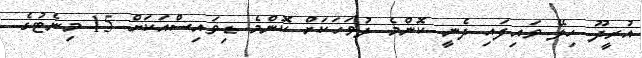
އުރީދޫ ހިލޭ ވައިފައި ދެނީ ކޮންމެ ދުވަހަކަށް ކޮންމެ ޑިވައިސްއަކަށް 15 މިނެޓުގެ